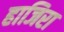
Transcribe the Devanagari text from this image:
हाजिरा